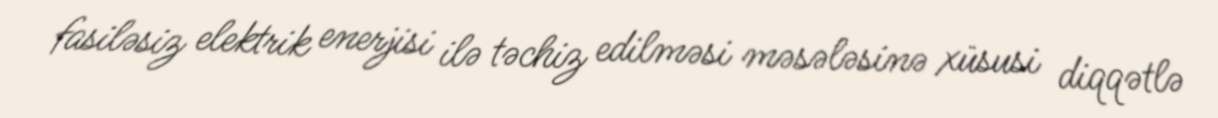
fasiləsiz elektrik enerjisi ilə təchiz edilməsi məsələsinə xüsusi diqqətlə